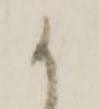
か